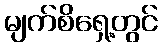
မျက်စိရှေ့တွင်